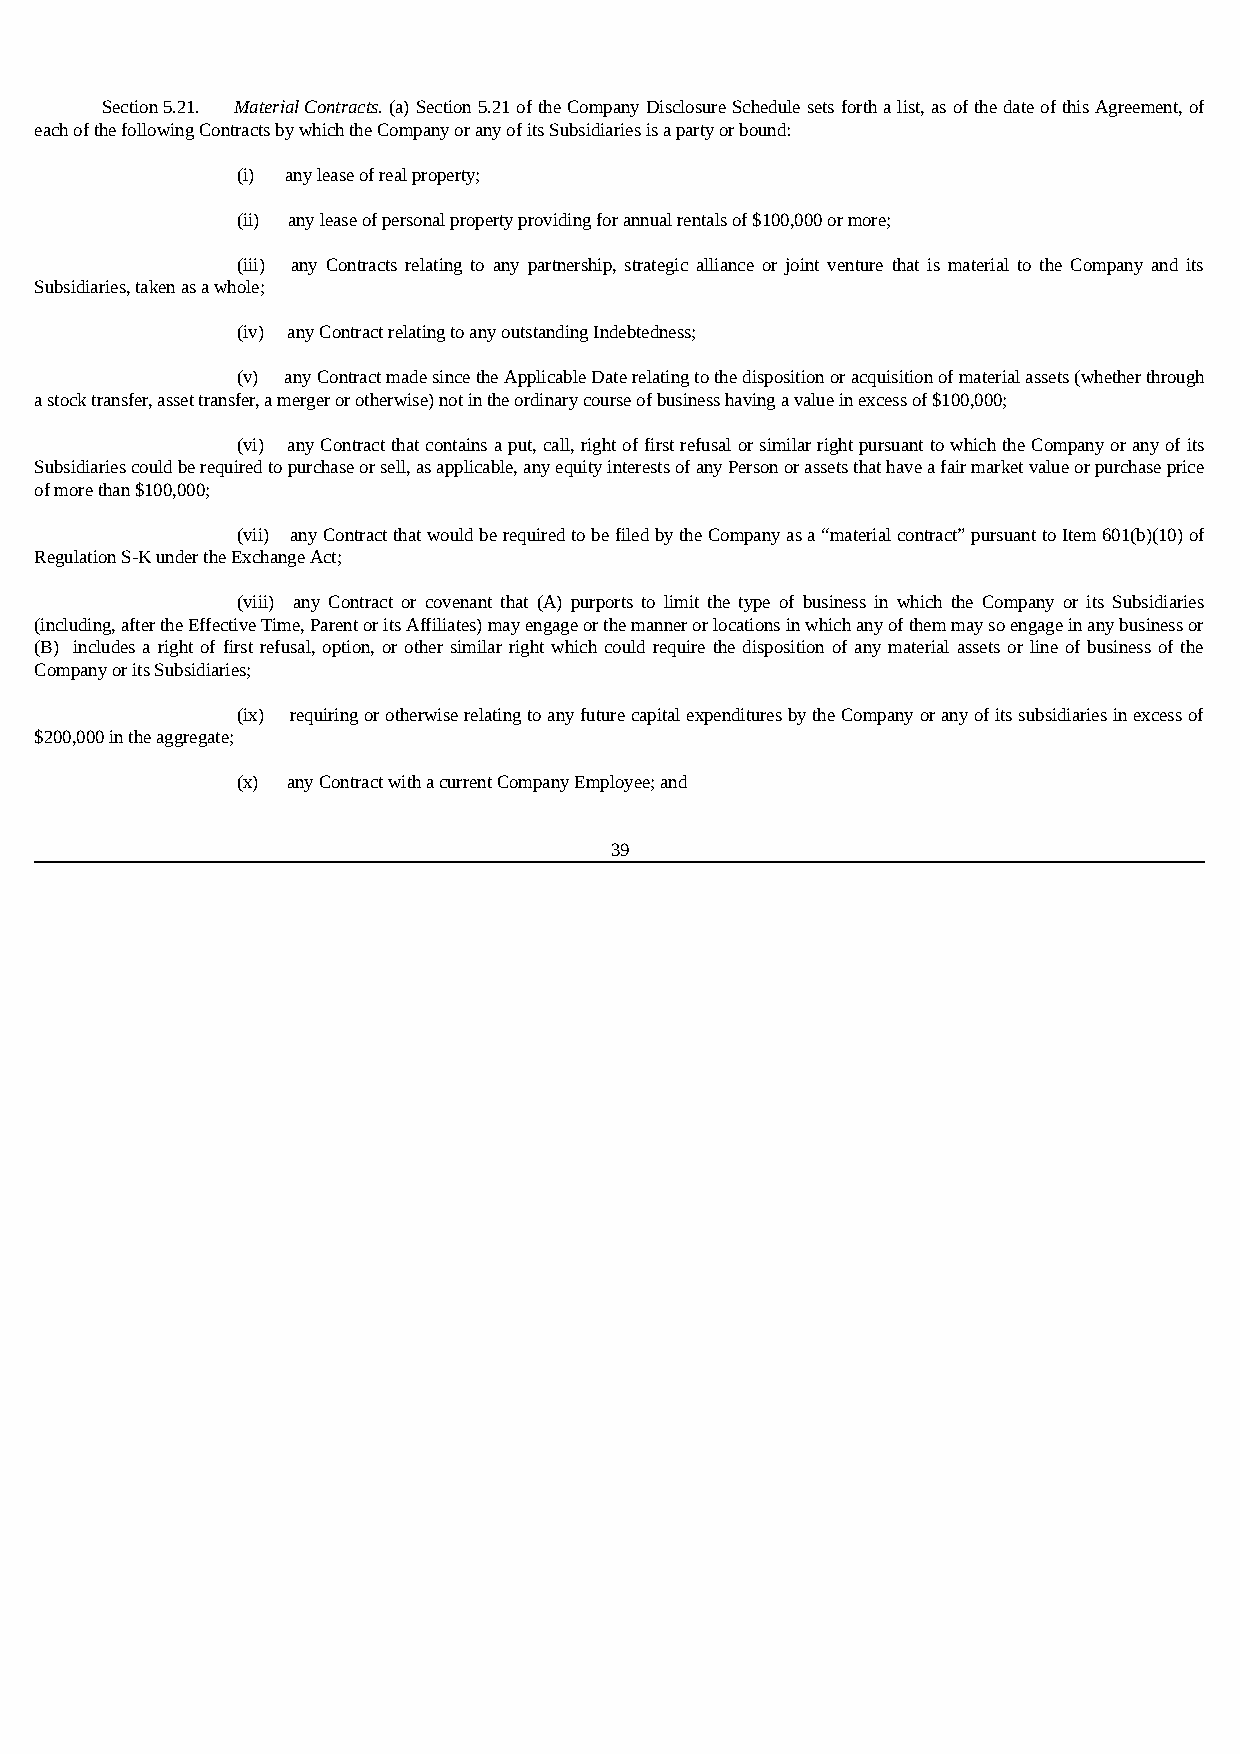
Section 5.21. Material Contracts. (a) Section 5.21 of the Company Disclosure Schedule sets forth a list, as of the date of this Agreement, of
 each of the following Contracts by which the Company or any of its Subsidiaries is a party or bound:
 (i) any lease of real property;
 (ii) any lease of personal property providing for annual rentals of $100,000 or more;
 (iii) any Contracts relating to any partnership, strategic alliance or joint venture that is material to the Company and its
 Subsidiaries, taken as a whole;
 (iv) any Contract relating to any outstanding Indebtedness;
 (v) any Contract made since the Applicable Date relating to the disposition or acquisition of material assets (whether through
 a stock transfer, asset transfer, a merger or otherwise) not in the ordinary course of business having a value in excess of $100,000;
 (vi) any Contract that contains a put, call, right of first refusal or similar right pursuant to which the Company or any of its
 Subsidiaries could be required to purchase or sell, as applicable, any equity interests of any Person or assets that have a fair market value or purchase price
 of more than $100,000;
 (vii) any Contract that would be required to be filed by the Company as a “material contract” pursuant to Item 601(b)(10) of
 Regulation S-K under the Exchange Act;
 (viii) any Contract or covenant that (A) purports to limit the type of business in which the Company or its Subsidiaries
 (including, after the Effective Time, Parent or its Affiliates) may engage or the manner or locations in which any of them may so engage in any business or
 (B) includes a right of first refusal, option, or other similar right which could require the disposition of any material assets or line of business of the
 Company or its Subsidiaries;
 (ix) requiring or otherwise relating to any future capital expenditures by the Company or any of its subsidiaries in excess of
 $200,000 in the aggregate;
 (x) any Contract with a current Company Employee; and
 39